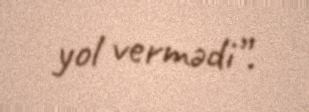
yol vermədi”.